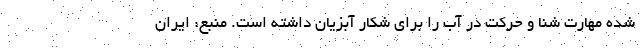
شده مهارت شنا و حرکت در آب را برای شکار آبزیان داشته است. منبع: ایران